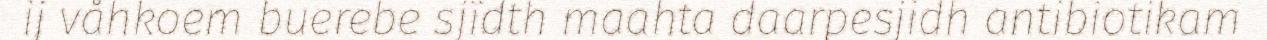
ij våhkoem buerebe sjïdth maahta daarpesjidh antibiotikam